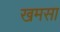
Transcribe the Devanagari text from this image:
खमसा